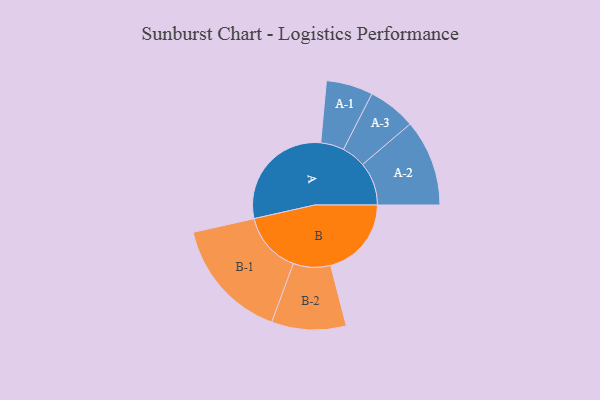
{"axis": {"x": "Segment", "y": "Value"}, "legend": ["", "A", "B"], "data": [{"x": "A", "y": 499, "type": ""}, {"x": "B", "y": 349, "type": ""}, {"x": "A-1", "y": 101, "type": "A"}, {"x": "A-2", "y": 187, "type": "A"}, {"x": "A-3", "y": 104, "type": "A"}, {"x": "B-1", "y": 264, "type": "B"}, {"x": "B-2", "y": 161, "type": "B"}]}